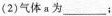
(2)气体a为___；